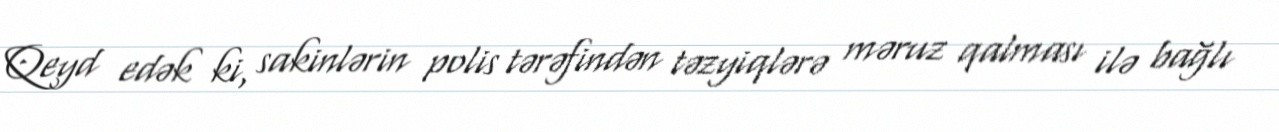
Qeyd edək ki, sakinlərin polis tərəfindən təzyiqlərə məruz qalması ilə bağlı